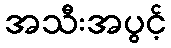
အသီးအပွင့်